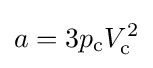
a=3p_{\text{c}}V_{\text{c}}^{2}